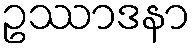
ဥဿာဒနာ